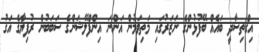
އިގްތިސާދީ ބައެއް ބޭފުޅުންގެ ނަޒަރުގައި މަތިވަމުން އަންނަ އިންފްލޭޝަންގެ ސަބަބުން ރުފިޔާގެ އަގު